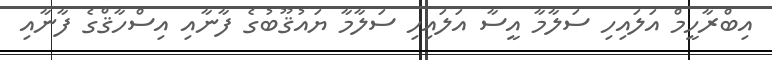
އިބްރާހީމް އަލައިހި ސަލާމާ އީސާ އަލައިހި ސަލާމާ ޔައުޤޫބުގެ ފާނާއި އިސްހާޤްގެ ފާނާއި